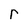
Character: r